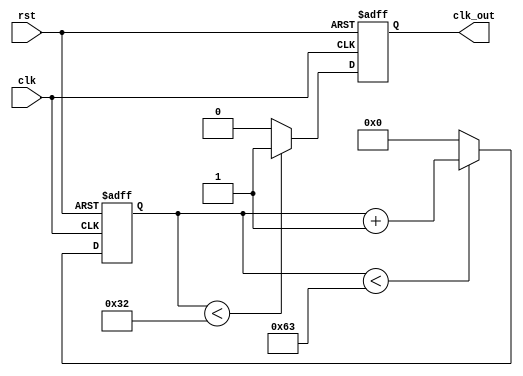
//
//  100MHz 1MHz
//

module partfreq(
    input       clk,
    input       rst,
    output reg  clk_out
);

parameter CNT_MAX = 8'd100;
parameter CNT_HALF = CNT_MAX / 2;

reg [7:0]   cnt;

always@(posedge clk or negedge rst)
begin
    if(!rst) begin
        cnt <= 8'd0;
    end
    else if(cnt < CNT_MAX-1) begin
        cnt <= cnt + 1'b1;
    end
    else begin
        cnt <= 8'd0;
    end
end

always@(posedge clk or negedge rst)
begin
    if(!rst) begin
        clk_out <= 1'b0;
    end
    else if(cnt < CNT_HALF) begin
        clk_out <= 1'b1;
    end
    else begin
        clk_out <= 1'b0;
    end
end

endmodule